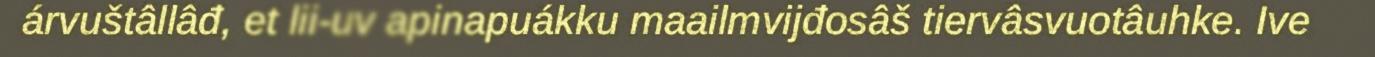
árvuštâllâđ, et lii-uv apinapuákku maailmvijđosâš tiervâsvuotâuhke. Ive